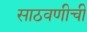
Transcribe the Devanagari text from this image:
साठवणीची